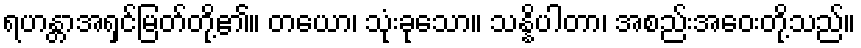
ရဟန္တာအရှင်မြတ်တို့၏။ တယော၊ သုံးခုသော။ သန္နိပါတာ၊ အစည်းအဝေးတို့သည်။